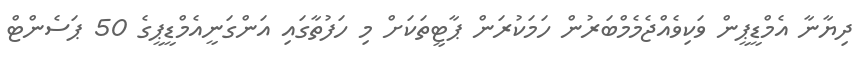
ދިޔާނާ އެމްޑީޕީން ވަކިވެއްޖެމެމްބަރުން ހަމަކުރަން ޕާޓީތަކަށް މި ހަފުތާގައި އަންގަނީއެމްޑީޕީގެ 50 ޕަސެންޓް